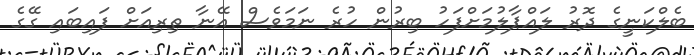
ބެލްކަނީގެ ދޮރު ލައްޕާލުމަށްފަހު ބިރުން ހުރެ ނަމަވެސް އޭނާ ތިރިއަށް ފައިބައި ގޭގެ